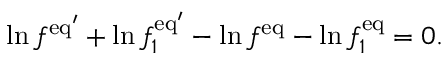
\ln f ^ { \mathrm { e q } ^ { \prime } } + \ln f _ { 1 } ^ { \mathrm { e q } ^ { \prime } } - \ln f ^ { \mathrm { e q } } - \ln f _ { 1 } ^ { \mathrm { e q } } = 0 .